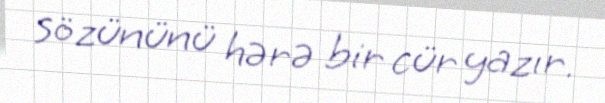
sözününü hərə bir cür yazır.